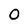
Character: O